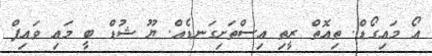
އޯ މައިގޯޑް. ތިއޮތް ރީތި އިސްތަށިގަނޑެއް. ޔޫ ޝުޑް ބީ މައި ވައިފް